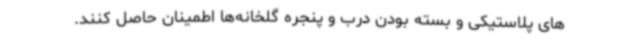
های پلاستیکی و بسته بودن درب و پنجره گلخانه‌ها اطمینان حاصل کنند.